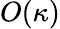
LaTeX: O(\kappa)